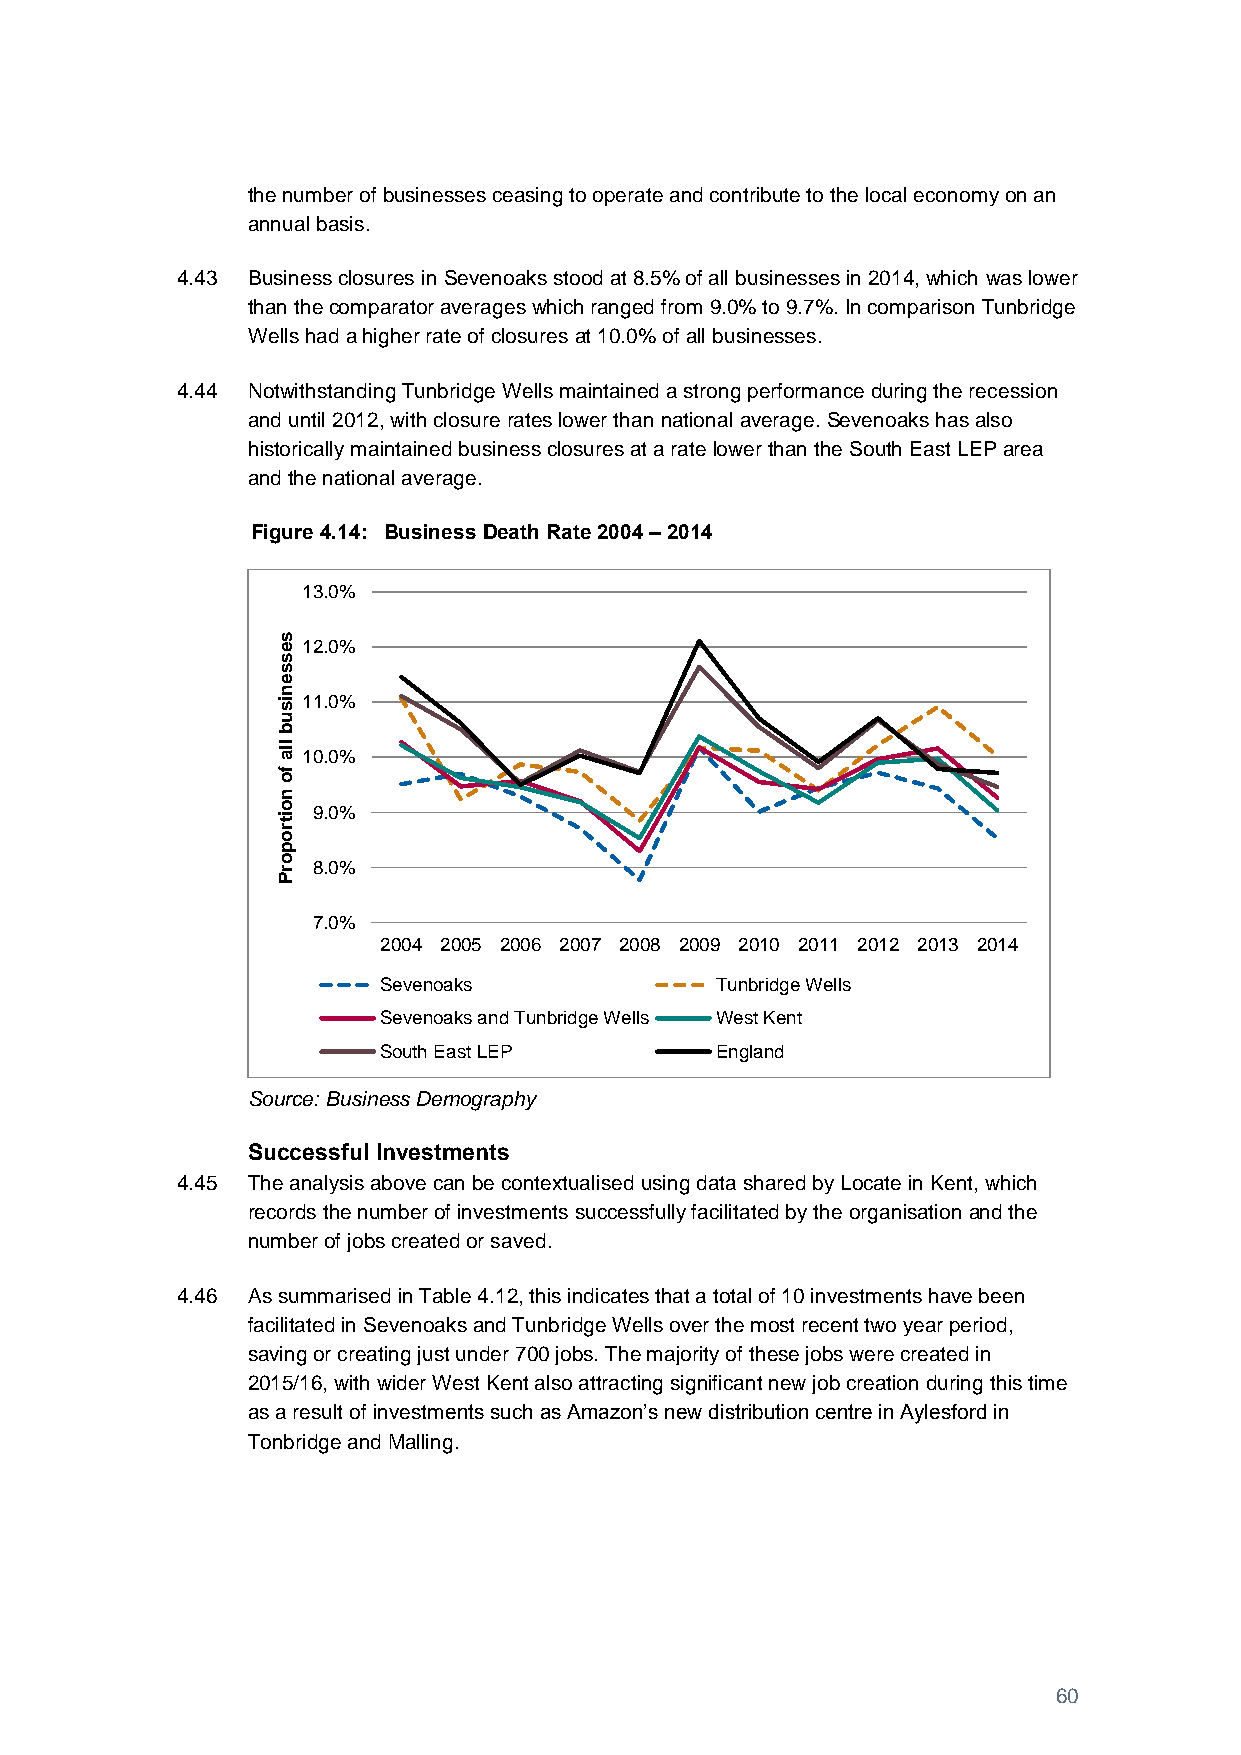
the number of businesses ceasing to operate and contribute to the local economy on an
 annual basis.
 4.43 Business closures in Sevenoaks stood at 8.5% of all businesses in 2014, which was lower
 than the comparator averages which ranged from 9.0% to 9.7%. In comparison Tunbridge
 Wells had a higher rate of closures at 10.0% of all businesses.
 4.44 Notwithstanding Tunbridge Wells maintained a strong performance during the recession
 and until 2012, with closure rates lower than national average. Sevenoaks has also
 historically maintained business closures at a rate lower than the South East LEP area
 and the national average.
 Figure 4.14: Business Death Rate 2004 – 2014
 13.0%
 s
 e 12.0%
 s
 s
 e
 n
 is 11.0%
 u
 b
 lla
 10.0%
 fo
 n
 o  9.0%
 itr
 o
 p
 o r 8.0%
 P
 7.0%
 2004 2005 2006 2007 2008 2009 2010 2011 2012 2013 2014
 Sevenoaks             Tunbridge Wells
 Sevenoaks and Tunbridge Wells West Kent
 South East LEP        England
 Source: Business Demography
 Successful Investments
 4.45 The analysis above can be contextualised using data shared by Locate in Kent, which
 records the number of investments successfully facilitated by the organisation and the
 number of jobs created or saved.
 4.46 As summarised in Table 4.12, this indicates that a total of 10 investments have been
 facilitated in Sevenoaks and Tunbridge Wells over the most recent two year period,
 saving or creating just under 700 jobs. The majority of these jobs were created in
 2015/16, with wider West Kent also attracting significant new job creation during this time
 as a result of investments such as Amazon’s new distribution centre in Aylesford in
 Tonbridge and Malling.
 60